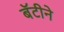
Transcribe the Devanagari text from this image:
बॅटीने